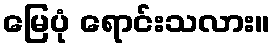
မြေပုံ ရောင်းသလား။